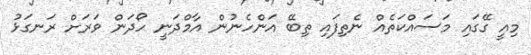
މިއީ ގޭގައި މަސައްކަތެއް ނެތިފައި ތިބޭ އަންހެނުން އާމްދަނީ ހޯދަން ވަރަށް ރަނގަޅު